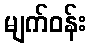
မျက်ဝန်း